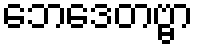
ဘေဒေတဗ္ဗာ